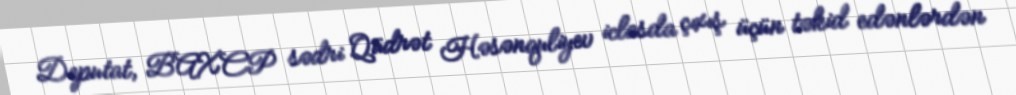
Deputat, BAXCP sədri Qüdrət Həsənquliyev iclasda çıxış üçün təkid edənlərdən